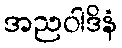
အညဝါဒိနံ